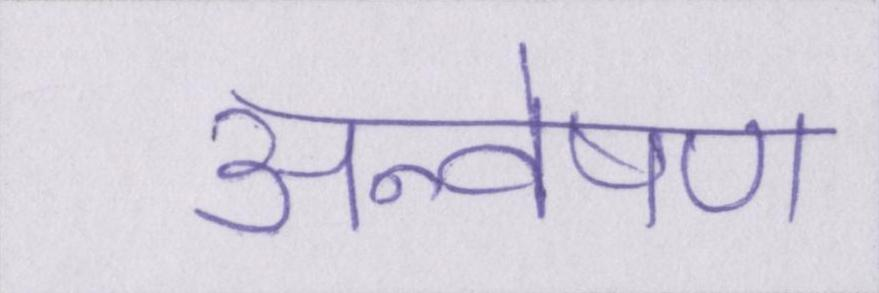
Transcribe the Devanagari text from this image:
अन्वेषण